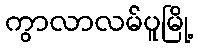
ကွာလာလမ်ပူမြို့